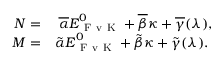
\begin{array} { r l } { \boldsymbol { { N } } = } & { { } \; \boldsymbol { { \overline { { \alpha } } } } \boldsymbol { { E } } _ { \mathrm { ~ F ~ v ~ K ~ } } ^ { 0 } + \boldsymbol { { \overline { { \beta } } } } \boldsymbol { { \kappa } } + \boldsymbol { { \overline { { \gamma } } } } ( \lambda ) , } \\ { \boldsymbol { { M } } = } & { { } \boldsymbol { { \tilde { \alpha } } } \boldsymbol { { E } } _ { \mathrm { ~ F ~ v ~ K ~ } } ^ { 0 } + \boldsymbol { { \tilde { \beta } } } \boldsymbol { { \kappa } } + \boldsymbol { { \tilde { \gamma } } } ( \lambda ) . } \end{array}